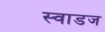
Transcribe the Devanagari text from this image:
स्वाडज